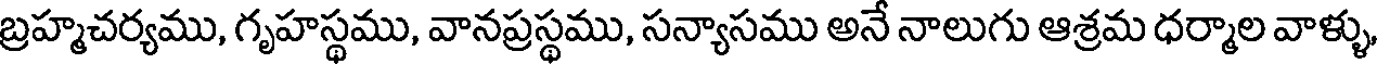
బ్రహ్మచర్యము, గృహస్థము, వానప్రస్థము, సన్యాసము అనే నాలుగు ఆశ్రమ ధర్మాల వాళ్ళు